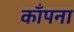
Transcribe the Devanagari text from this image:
काँपना